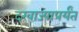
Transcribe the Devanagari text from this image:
दरवाज्यापर्यंत